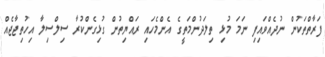
ފަރާތްތަކުން ނުދެއްވައިފި ނަމަ މުޅި ތިލަދުންމަތީގެ އެންމެހައި ރައްޔިތުން ގުޅިގެންކުރާ ސިލްސިލާ އިހުތިޖާޖެއް